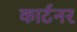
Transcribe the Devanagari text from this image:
कार्टनर